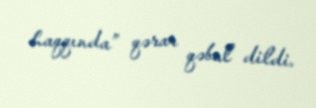
haqqında” qərar qəbul dildi.